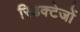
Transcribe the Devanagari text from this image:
रिडक्टेजों